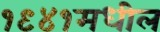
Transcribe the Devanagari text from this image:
१९४१मधील